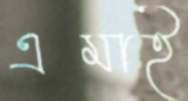
এমাই